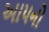
આપનો